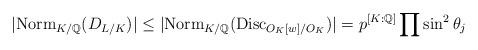
LaTeX: \begin{align*} | \mathrm{Norm}_{K/\mathbb{Q}}(D_{L/K}) | \leq | \mathrm{Norm}_{K/\mathbb{Q}}(\mathrm{Disc}_{O_K[w]/O_K}) | = p^{[K:\mathbb{Q}]} \prod \sin^2 \theta_j \end{align*}